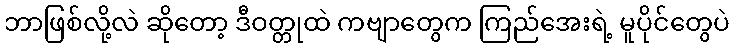
ဘာဖြစ်လို့လဲ ဆိုတော့ ဒီဝတ္တုထဲ ကဗျာတွေက ကြည်အေးရဲ့ မူပိုင်တွေပဲ